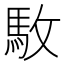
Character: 駇